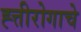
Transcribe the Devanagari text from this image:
ह्त्तीरोगाचे